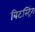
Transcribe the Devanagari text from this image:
बिटस्ट्रिंग